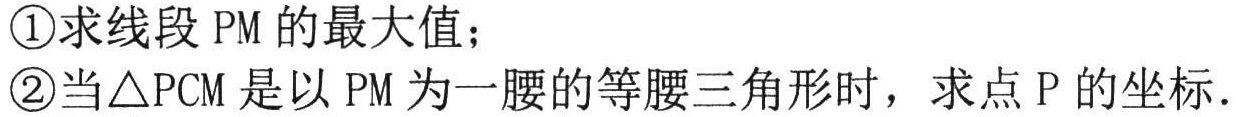
\textcircled{1}求线段 \(PM\) 的最大值；
\textcircled{2}当\(\triangle PCM\)是以 \(PM\) 为一腰的等腰三角形时，求点 \(P\) 的坐标．